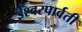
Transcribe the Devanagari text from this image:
ईश्वरपार्वती